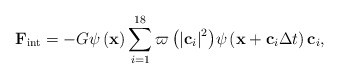
\begin{align*}{{\bf{F}}_{{\mathop{\rm int}} }} = - G\psi \left( {\bf{x}} \right)\sum\limits_{i = 1}^{18} {\varpi \left( {{{\left| {{{\bf{c}}_i}} \right|}^2}} \right)} \psi \left( {{\bf{x}} + {{\bf{c}}_i}\Delta t} \right){{\bf{c}}_i},\end{align*}